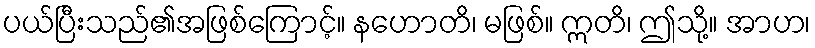
ပယ်ပြီးသည်၏အဖြစ်ကြောင့်။ နဟောတိ၊ မဖြစ်။ ဣတိ၊ ဤသို့။ အာဟ၊